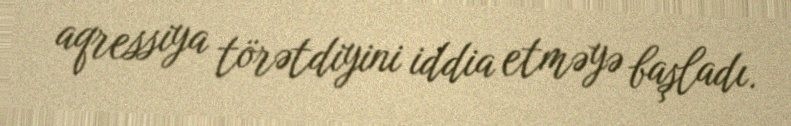
aqressiya törətdiyini iddia etməyə başladı.